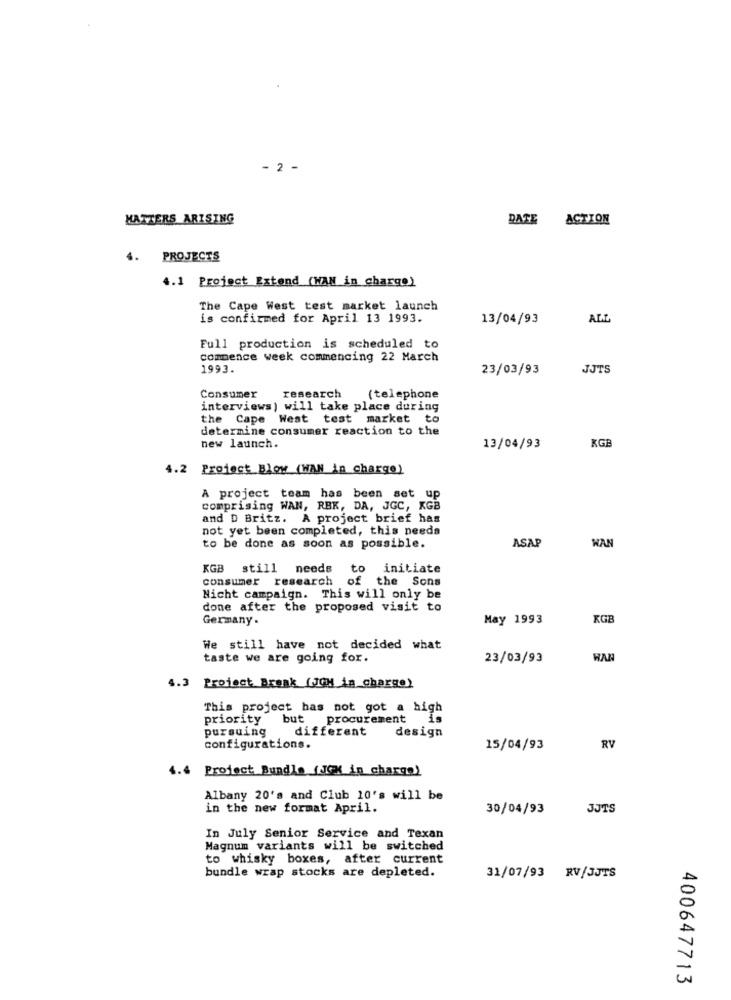
- 2 -
MATTERS ARISING
DATE ACTION
4.
PROJECTS
4.1 Project Extend (WAN in charge)
The Cape West test market launch
is confirmed for April 13 1993.
13/04/93
ALL
Full production is scheduled to
commence week commencing 22 March
1993.
23/03/93
JJTS
Consumer
research
(telephone
interviews) will take place during
the Cape West test market to
determine consumer reaction to the
new launch.
13/04/93
KGB
4.2 Project Blow (WAN in charge)
A project team has been set up
comprising WAN, RBK, DA, JGC, KGB
and D Britz. A project brief has
not yet been completed, this needs
ASAP
to be done as soon as possible.
WAN
KGE
still needs
to initiate
consumer research
of the Sons
Nicht campaign. This will only be
done after the proposed visit to
Germany.
May 1993
KGE
We still have not decided what
taste we are going for.
23/03/93
HAN
4.3 Project Break (JOH in charge)
This project has not got a high
priority
but procurement
pursuing
different
design
configurations.
15/04/93
RV
4.4
Project Bundle (JOK in charge)
Albany 20's and Club 10's will be
in the new format April.
30/04/93
JJTS
In July Senior Service and Texan
Magnum variants will be switched
to whisky boxes, after current
bundle wrap stocks are depleted.
31/07/93 RV/JJTS
400647713